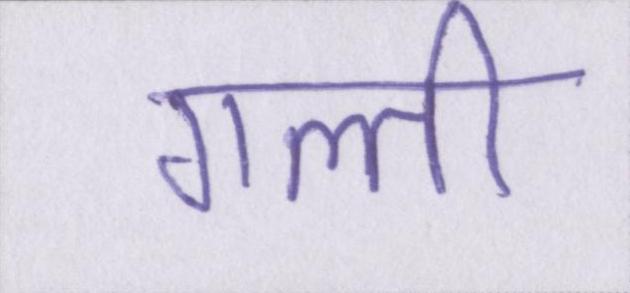
गल्ती